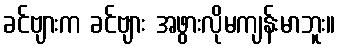
ခင်ဗျားက ခင်ဗျား အဖွားလိုမကျန်းမာဘူး။